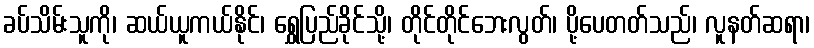
ခပ်သိမ်းသူကို၊ ဆယ်ယူကယ်နိုင်၊ ရွှေပြည်ခိုင်သို့၊ တိုင်တိုင်ဘေးလွတ်၊ ပို့ပေတတ်သည်၊ လူနတ်ဆရာ၊